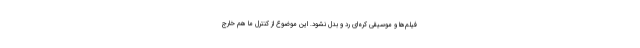
فیلم‌ها و موسیقی کره‌ای رد و بدل نشود. این موضوع از کنترل ما هم خارج